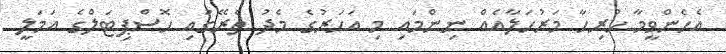
އެހެންވީމާ ހުރިހާ މަރުހަލާއެއް ނިންމައި މި އަހަރުގެ މެދު ތެރޭގައި ހޮސްޕިޓަލްގެ އަމަލީ